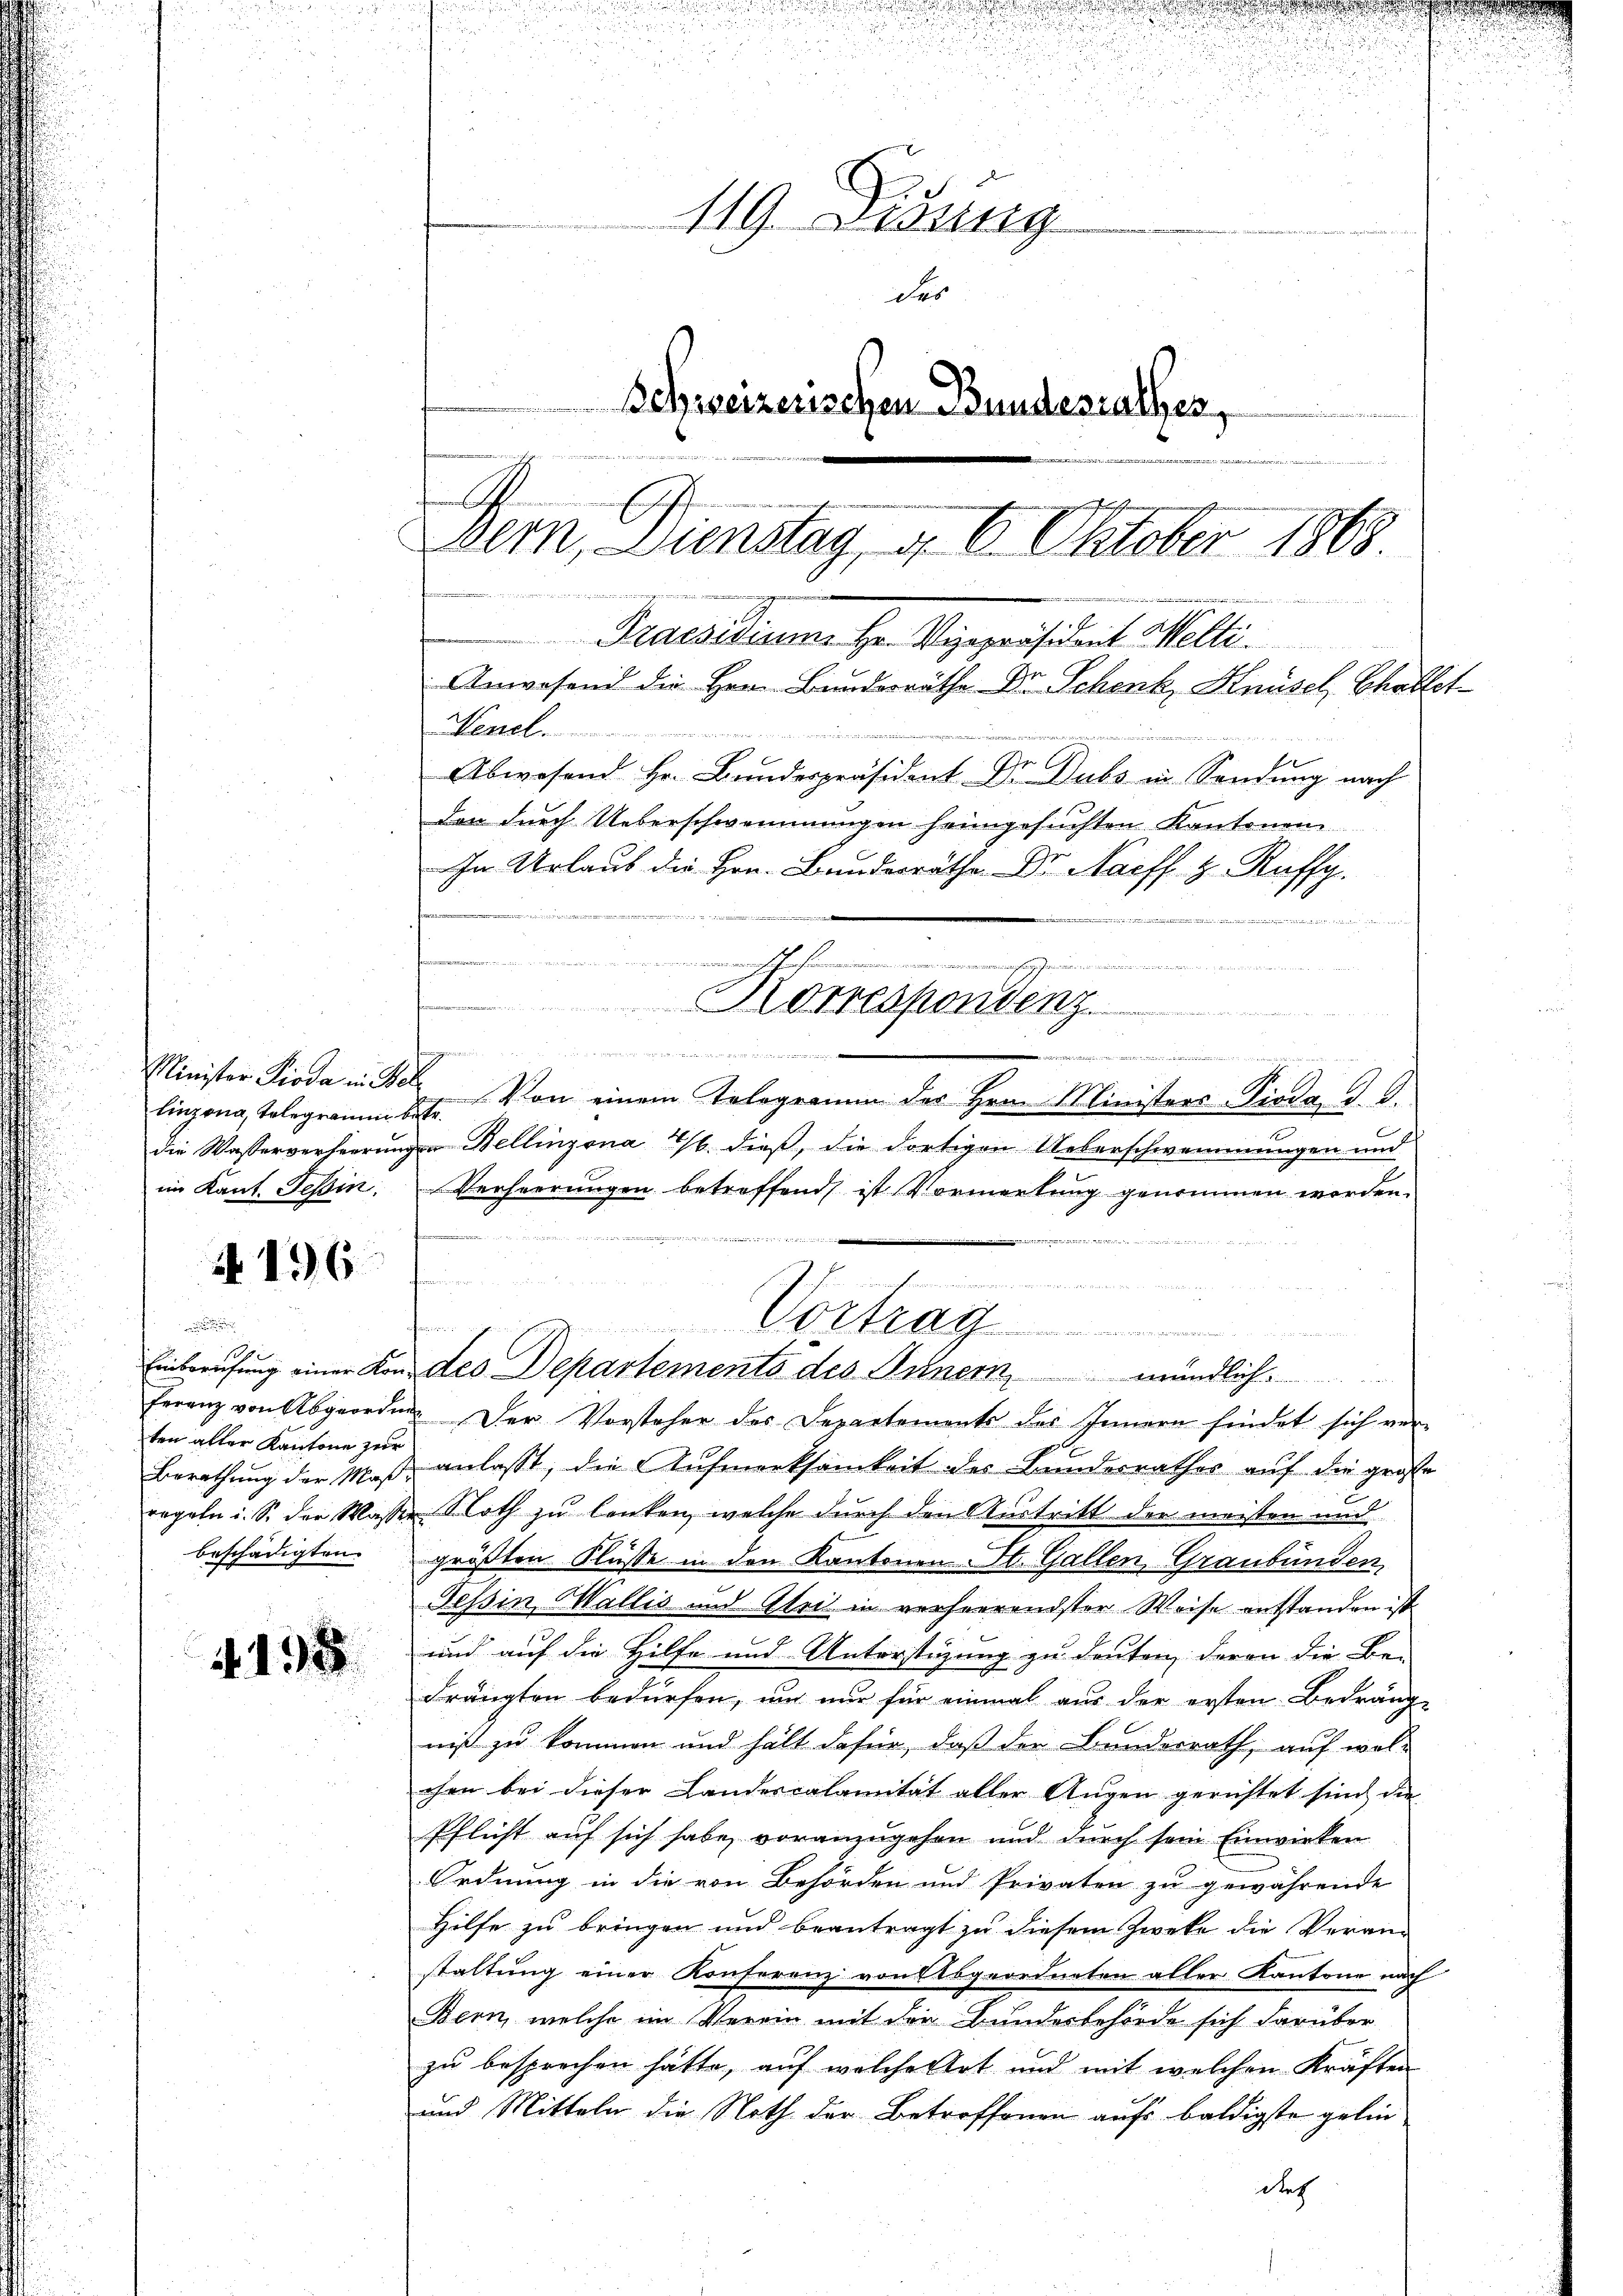
u

Minister Pioda in Bel

N 196

ten aller Kantone zur
beschädigten.

4198

n
.
119. Sedung
des
Schweizerischen Bundesrathes,

Dem Dienstag, d. 6. Oktober 1868
 in den einigen eine
Praesidium Hr. Vizepräsident Welti.

Anwesend die Hrn. Bundesräthe Dr. Schenk, Knüsch Challet
Nenel.

Abwesend Hr. Bundespräsident Dr. Dubs in Sendung nach
den durch Ueberschwemmungen heimgesuchten Kantonen
In Urlaub die Hrn. Bundesräthe Dr. Nacff z. Koffe.
u
n
e
Korrespondenz
            Kammen un
eandern und dass er den dieser und einen in
linzona, Tolegramm betr. Von einem Telegramm des Hrn. Ministers-Pioda d. d.
die Wasserverheerungen Bellinzona 1/6. dieß, die dortigen Ueberschwommungen und
im Kant. Tessin. Verheerungen betreffend ist Vormerkung genommen werden.

e
erden der
rchen
Vortrag ...................
Einberufung einer von des Departements des Innern, mündlich
ferenz von Abgeorden. Der Vorsteher des Departements des Innern findet sich ver-
Berathung der Maß, anlaßt, die Aufmerksamkeit des Bunderrathes auf die große
regeln i. S. der Wasser Noth zu lenken, welche durch den Austritt der meisten und
größten Flüsse in den Kantonen St. Gallen, Graubünden,
Tessin Wallis und Gleit in verherrendster Weise entstanden ist.
und auf die Hilfe und Unterstigung zu deuten, deren die Be- |
drängten bedürfen, um nur für einmal aus der ersten Bedränge
niß zu kommen und hält dafür, daß der Bundesrath, auf wol-
chen bei dieser Landescalanität aller Augen gerichtet sind die
Pflicht auf sich habe, voranzugehen und durch sein Einwirken
Ordnung in die von Behörden und Privaten zu gewährende
Hilfe zu bringen und beantragt zu diesem Zweke die Verand
staltung einer Konferenz von Abgeordneten aller Kantone nach
Bern, welche im Verein mit der Bundesbehörde sich darüber
zu besprechen hätte, auf welche Art und mit welchen Kräften
und Mitteln die Noth der Betreffenen aufs baldigste gelin
des

u
d

.

u

duungen